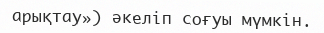
арықтау») әкеліп соғуы мүмкін.